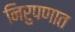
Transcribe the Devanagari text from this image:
निरुपणात